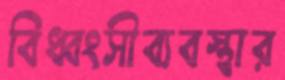
বিধ্বংসীব্যবস্থার